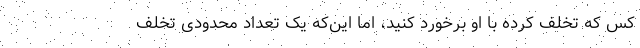
کس که تخلف کرده با او برخورد کنید، اما این‌که یک تعداد محدودی تخلف